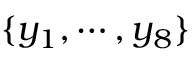
\{ y _ { 1 } , \cdots , y _ { 8 } \}